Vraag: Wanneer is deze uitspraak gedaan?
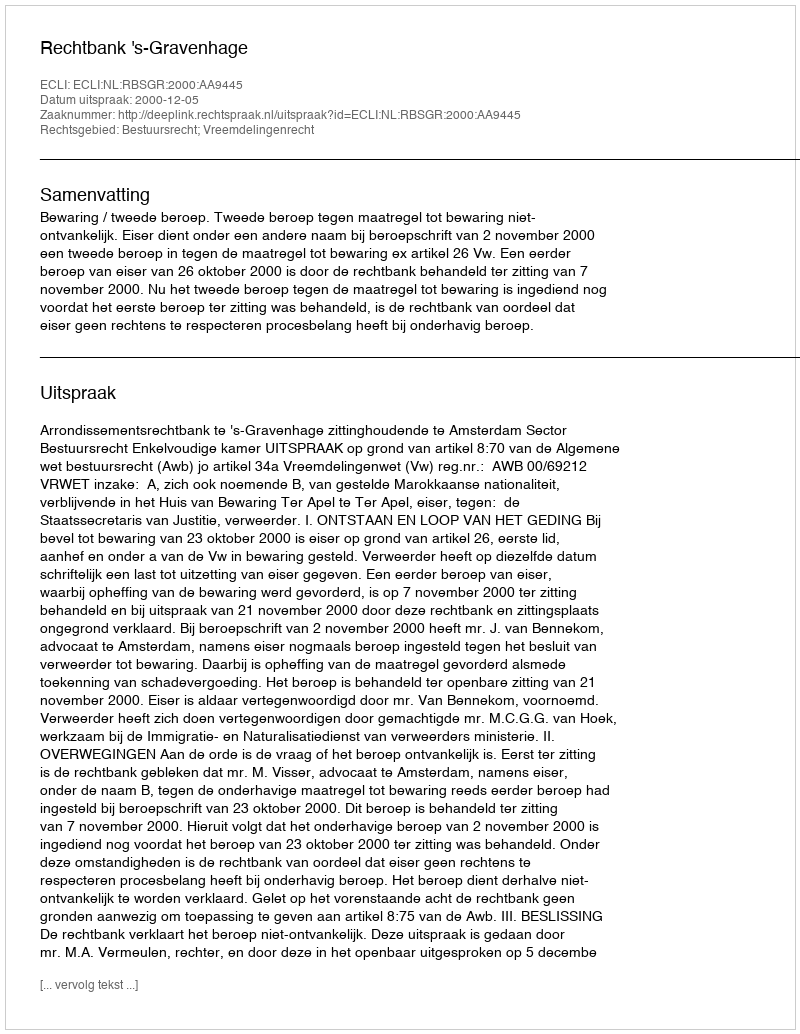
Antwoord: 2000-12-05